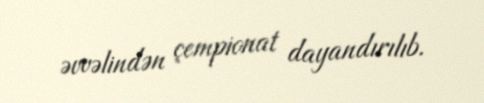
əvvəlindən çempionat dayandırılıb.